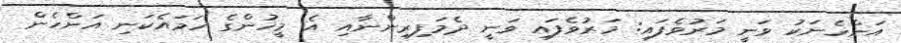
އަންހެނަކު ވަނީ މަރުވެފައި: މަރުވެފައި ވަނީ ދެމަފިރިންނާއި އެ މީހުންގެ ހަމައެކަނި އަންހެން